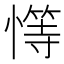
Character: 𢡩